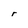
Character: r